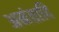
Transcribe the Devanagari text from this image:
अनंतादि